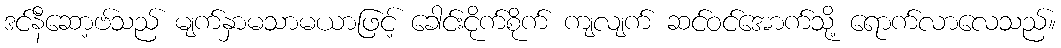
ဒင်နီဆော့ဗ်သည် မျက်နှာမသာမယာဖြင့် ခေါင်းငိုက်စိုက် ကျလျက် ဆင်ဝင်အောက်သို့ ရောက်လာလေသည်။